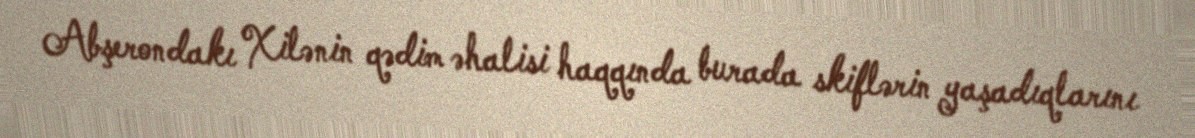
Abşerondakı Xilənin qədim əhalisi haqqında burada skiflərin yaşadıqlarını